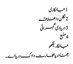
1 جانکاری
2 نکلن دا علاقہ
3 دریا دی گہرائی
4 منبع
جانکاریلکھو
جمنا دریا بھارت دا اک دریا اے ۔